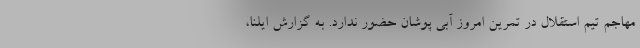
مهاجم تیم استقلال در تمرین امروز آبی پوشان حضور ندارد. به گزارش ایلنا،